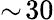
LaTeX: \sim\! 30